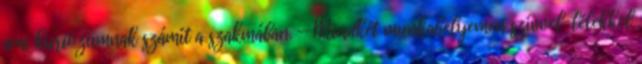
ami kuriózumnak számít a szakmában. — Mindkét munkahelyemen szívvel-lélekkel